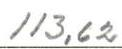
113,62